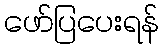
ဖော်ပြပေးရန်